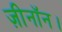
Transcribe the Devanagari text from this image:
ज़ीनॉन।